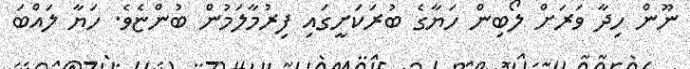
ނޫން ހިދާ ވަރަށް ލޯބިން ހަޔާގެ ބުރަކަށީގައި ފިރުމާލަމުން ބުންޏެވެ. ހަޔާ ލައްބަ